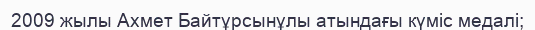
2009 жылы Ахмет Байтұрсынұлы атындағы күміс медалі;